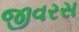
જીવરસ